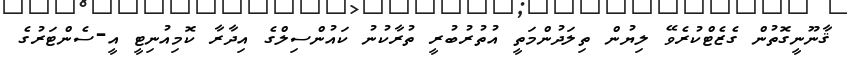
ޤާނޫނީގޮތުން ގެޒެޓްކުރެވޭ ލިޔުން ތިލަދުންމަތީ އުތުރުބުރީ ތުރާކުނު ކައުންސިލްގެ އިދާރާ ކޮމިއުނިޓީ އީ-ސެންޓަރުގެ